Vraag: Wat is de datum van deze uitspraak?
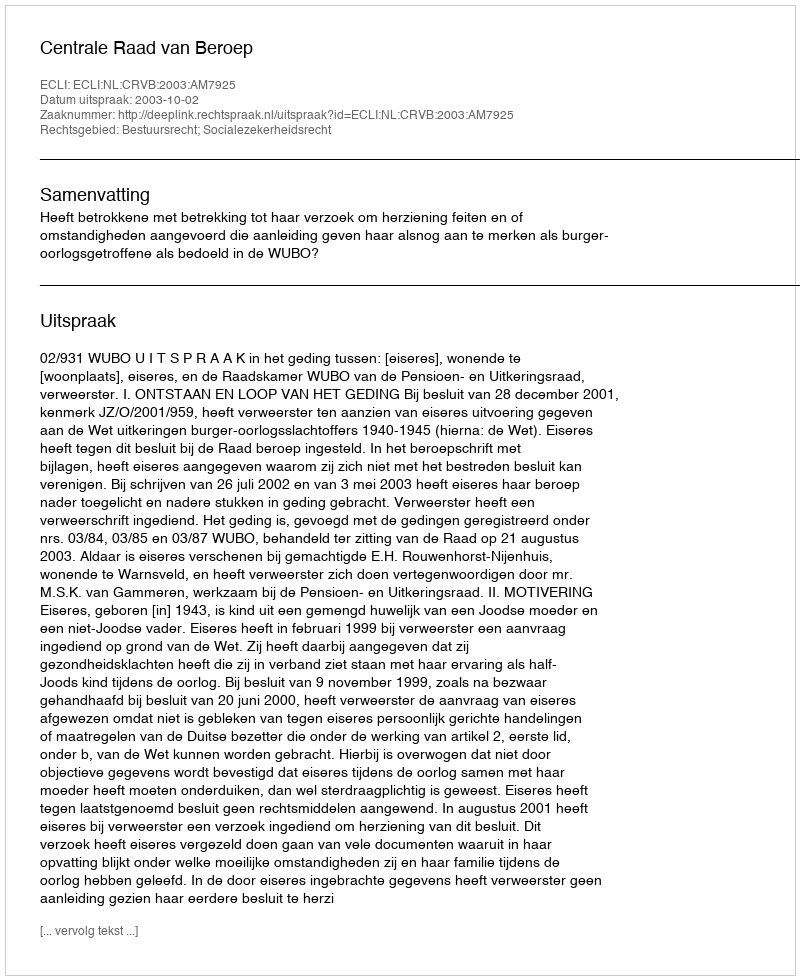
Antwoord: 2003-10-02